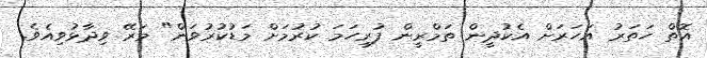
އޮތް ހަތަރު އަހަރަށް އެކުދީން ތަމްރީން ފުރިހަމަ ކުރުމަށް މަޑުކުރުވަން" މަރޭ ވިދާޅުވިއެވެ.